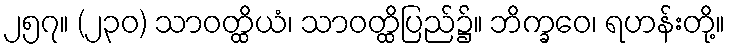
၂၅၇။ (၂၃၀) သာဝတ္ထိယံ၊ သာဝတ္ထိပြည်၌။ ဘိက္ခဝေ၊ ရဟန်းတို့။